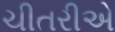
ચીતરીએ